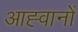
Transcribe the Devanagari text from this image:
आह्वानों